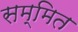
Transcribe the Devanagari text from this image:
सम्मित